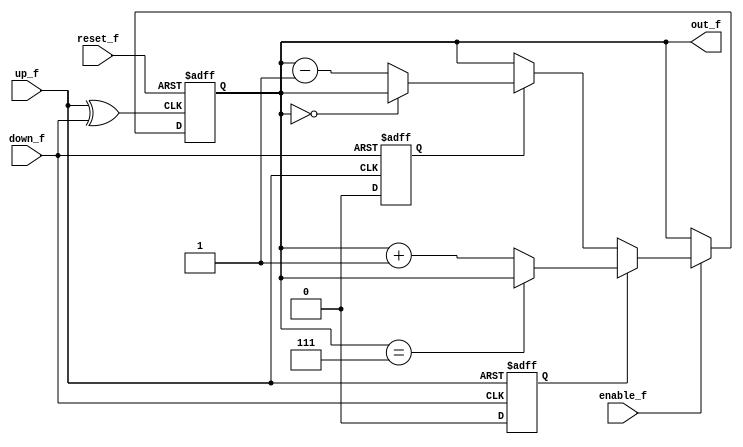
`timescale 1ns / 1ps
//////////////////////////////////////////////////////////////////////////////////
// Company: 
// Engineer: 
// 
// Design Name: 
// Module Name:    up_down_cnt_f 
// Project Name: 
// Target Devices: 
// Tool versions: 
// Description: 
//
// Dependencies: 
//
// Revision: 
// Revision 0.01 - File Created
// Additional Comments: 
//
//////////////////////////////////////////////////////////////////////////////////


module up_down_cnt_f (up_f, down_f, reset_f,enable_f, out_f);
input        up_f, down_f, reset_f,enable_f;
output [2:0] out_f;


wire up_f, down_f, reset_f,enable_f;
reg [2:0] out_f ;

reg count_up, count_down;

always @(posedge up_f or posedge down_f)
  if (up_f) count_up <= 1'b1;
  else       count_up <= 1'b0;

always @(posedge up_f or posedge down_f)
  if (down_f)   count_down <= 1'b1;
  else       count_down <= 1'b0;


wire count_pulse = up_f ^ down_f;

always @ (posedge count_pulse or posedge reset_f) 
  begin
    if      (reset_f)  out_f <= 3'b000; 
	 else if (enable_f)  if (count_up)   if (out_f==3'b111)   out_f <= out_f; else out_f<=out_f+1'b1; else if (count_down) if (out_f==3'b000)   out_f <= out_f; else out_f<=out_f-1'b1;
    //else                   out <= out;
end

endmodule